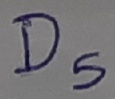
Text: D5